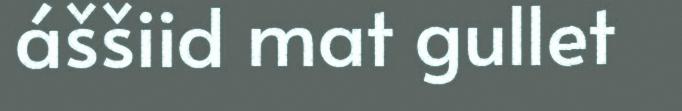
áššiid mat gullet